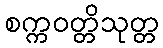
စက္ကဝတ္တိသုတ္တ